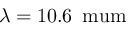
\lambda = 1 0 . 6 \, \mathrm { \ m u m }